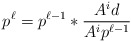
\begin{align*}p^{\ell} = p^{\ell-1} \ast \frac{A^{i}d}{A^{i}p^{\ell-1}} \end{align*}